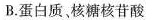
B.蛋白质，核糖核苷酸